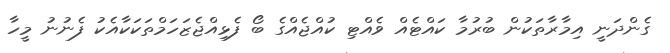
ގެންދަނީ އިމާރާތަކުން ބުރުމާ ކައްޓެއް ވެއްޓި ކުއްޖެއްގެ ބޯ ފެޅިއްޖެޒަހަމްތަކަކާއެކު ފެނުނު މީހާ